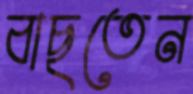
বাছতেন